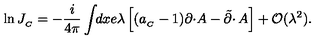
\ln J _ { _ C } = - \frac { i } { 4 \pi } \int \! \! d x e \lambda \left[ ( a _ { _ C } - 1 ) \partial \cdotp \! A - \tilde { \partial } \cdotp A \right] + { \cal O } ( \lambda ^ { 2 } ) .